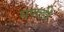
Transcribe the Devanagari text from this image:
मणडी